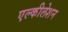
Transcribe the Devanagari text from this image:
एल्कीलेशन